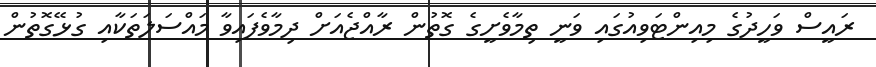
ރައީސް ވަހީދުގެ މިއިންޓަވިއުގައި ވަނީ ތިމާވެށީގެ ގޮތުން ރާއްޖެއަށް ދިމާވެފައިވާ މައްސަލަތަކާއި ގުޅޭގޮތުން